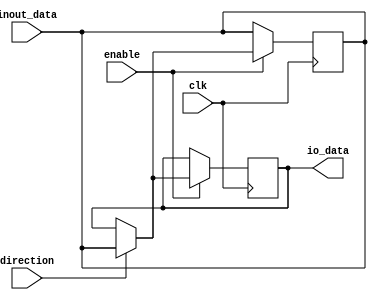
module bidirectional_buffer(
    input wire clk,
    input wire enable,
    input wire inout_data,
    input wire direction,
    output reg io_data
);

always @(posedge clk) begin
    if (enable) begin
        if (direction) begin
            io_data <= inout_data;
        end else begin
            inout_data <= io_data;
        end
    end
end

endmodule